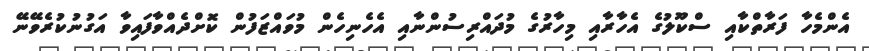
އެންމެހާ ފަރާތްކާއި ސްކޫލުގެ އެހާރާއި މިހާރުގެ މުދައްރިސުންނާއި އެހެނިހެން މުވައްޒަފުން ކޮށްދެއްވާފައިވާ އަގުނުކުރެވޭނޭ